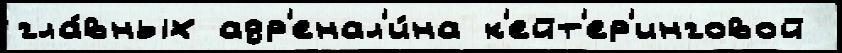
гла́вных адр'енал'и́на к'ейт'ер'инговой